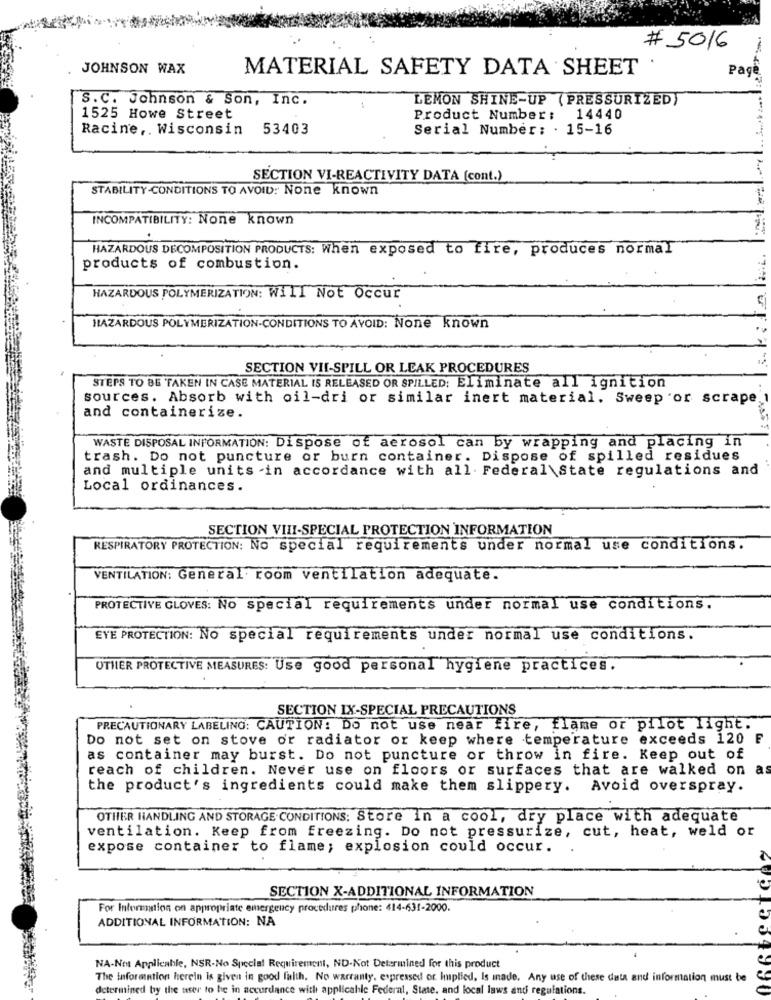
# 5016
JOHNSON WAX
MATERIAL SAFETY DATA SHEET
Page
S.C. Johnson & Son, Inc.
LEMON SHINE-UP ( PRESSURIZED)
1525 Howe Street
Product Number:
14440
Racine, Wisconsin 53403
Serial Number: . 15-16
SECTION VI-REACTIVITY DATA (cont.)
STABILITY-CONDITIONS TO AVOID: None known
INCOMPATIBILITY: None known
HAZARDOUS DECOMPOSITION PRODUCTS: When exposed to fire, produces normal
products of combustion.
HAZARDOUS POLYMERIZATION: Will Not Occur
HAZARDOUS POLYMERIZATION-CONDITIONS TO AVOID: None known
SECTION VII-SPILL OR LEAK PROCEDURES
STEPS TO BE TAKEN IN CASE MATERIAL IS RELEASED OR SPILLED: Eliminate all ignition
sources. Absorb with oil-dri or similar inert material. Sweep 'or scrape
and containerize.
WASTE DISPOSAL INFORMATION: Dispose of aerosol can by wrapping and placing in
trash. Do not puncture or burn container. Dispose of spilled residues
and multiple units in accordance with all. Federal State regulations and
Local ordinances.
SECTION VIII-SPECIAL PROTECTION INFORMATION
RESPIRATORY PROTECTION: No special requirements under normal use conditions.
VENTILATION: General room ventilation adequate.
PROTECTIVE GLOVES: No special requirements under normal use conditions.
EYE PROTECTION: No special requirements under normal use conditions.
UTHER PROTECTIVE MEASURES: Use good personal hygiene practices.
SECTION IX-SPECIAL PRECAUTIONS
PRECAUTIONARY LABELING: CAUTION: Do not use near fire, flame or pilot light.
Do not set on stove or radiator or keep where temperature exceeds 120 F
as container may burst. Do not puncture or throw in fire. Keep out of
reach of children. Never use on floors or surfaces that are walked on
a
the product's ingredients could make them slippery. Avoid overspray.
OTHER HANDLING AND STORAGE CONDITIONS: Store in a cool, dry place with adequate
ventilation. Keep from freezing. Do not pressurize, cut, heat, weld or
expose container to flame; explosion could occur.
SECTION X-ADDITIONAL INFORMATION
For Information on appropriate emergency procedures phone: 414-631-2000.
ADDITIONAL INFORMATION: NA
NA-Not Applicable, NSR-No Special Requirement, ND-Not Determined for this product
The information herein is given in good faith. No warranty, expressed or Implied, Is inade. Any use of these data and information must be
determined by the user to be in accordance with applicable Federal, State, and local laws and regulations.